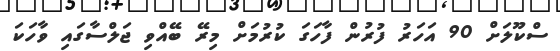
ސްކޫލަށް 90 އަހަރު ފުރުން ފާހަގަ ކުރުމަށް މިރޭ ބޭއްވި ޖަލްސާގައި ވާހަކަ